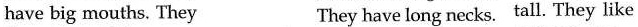
have big mouths. They They have long necks. Tall. They like